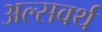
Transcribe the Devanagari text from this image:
अल्सवर्थ